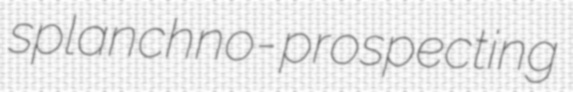
splanchno- prospecting